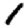
Digit: 1